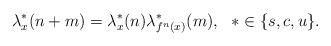
LaTeX: \begin{align*}\lambda^*_x(n+m)=\lambda^*_x(n)\lambda^*_{f^n(x)}(m),\:\:\:*\in \{s,c,u\}. \end{align*}